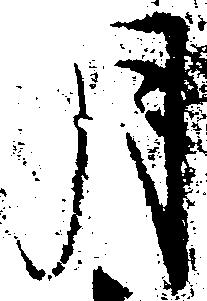
月